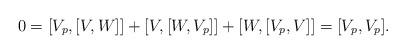
LaTeX: \begin{align*} 0 = [V_p, [V,W]] + [V, [W, V_p]] + [W, [V_p,V]] = [V_p, V_p]. \end{align*}